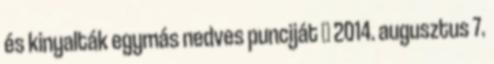
és kinyalták egymás nedves punciját 😛 2014. augusztus 7.